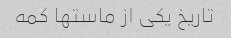
تاریخ یکی از ماستها کمه